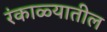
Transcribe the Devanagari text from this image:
रंकाळ्यातील